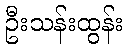
ဦးသန်းထွန်း